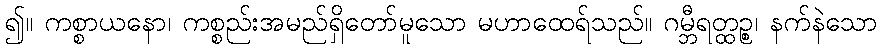
၍။ ကစ္စာယနော၊ ကစ္စည်းအမည်ရှိတော်မူသော မဟာထေရ်သည်။ ဂမ္ဘီရတ္ထဉ္စ၊ နက်နဲသော